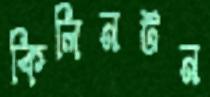
কিলিনটন